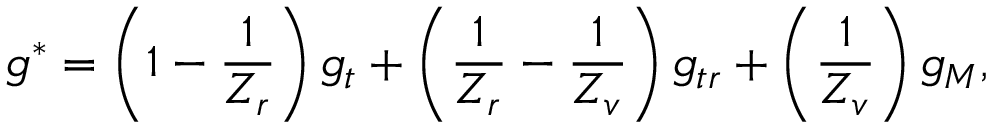
g ^ { \ast } = \left( 1 - \frac { 1 } { Z _ { r } } \right) g _ { t } + \left( \frac { 1 } { Z _ { r } } - \frac { 1 } { Z _ { v } } \right) g _ { t r } + \left( \frac { 1 } { Z _ { v } } \right) g _ { M } ,